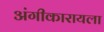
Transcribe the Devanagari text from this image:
अंगीकारायला